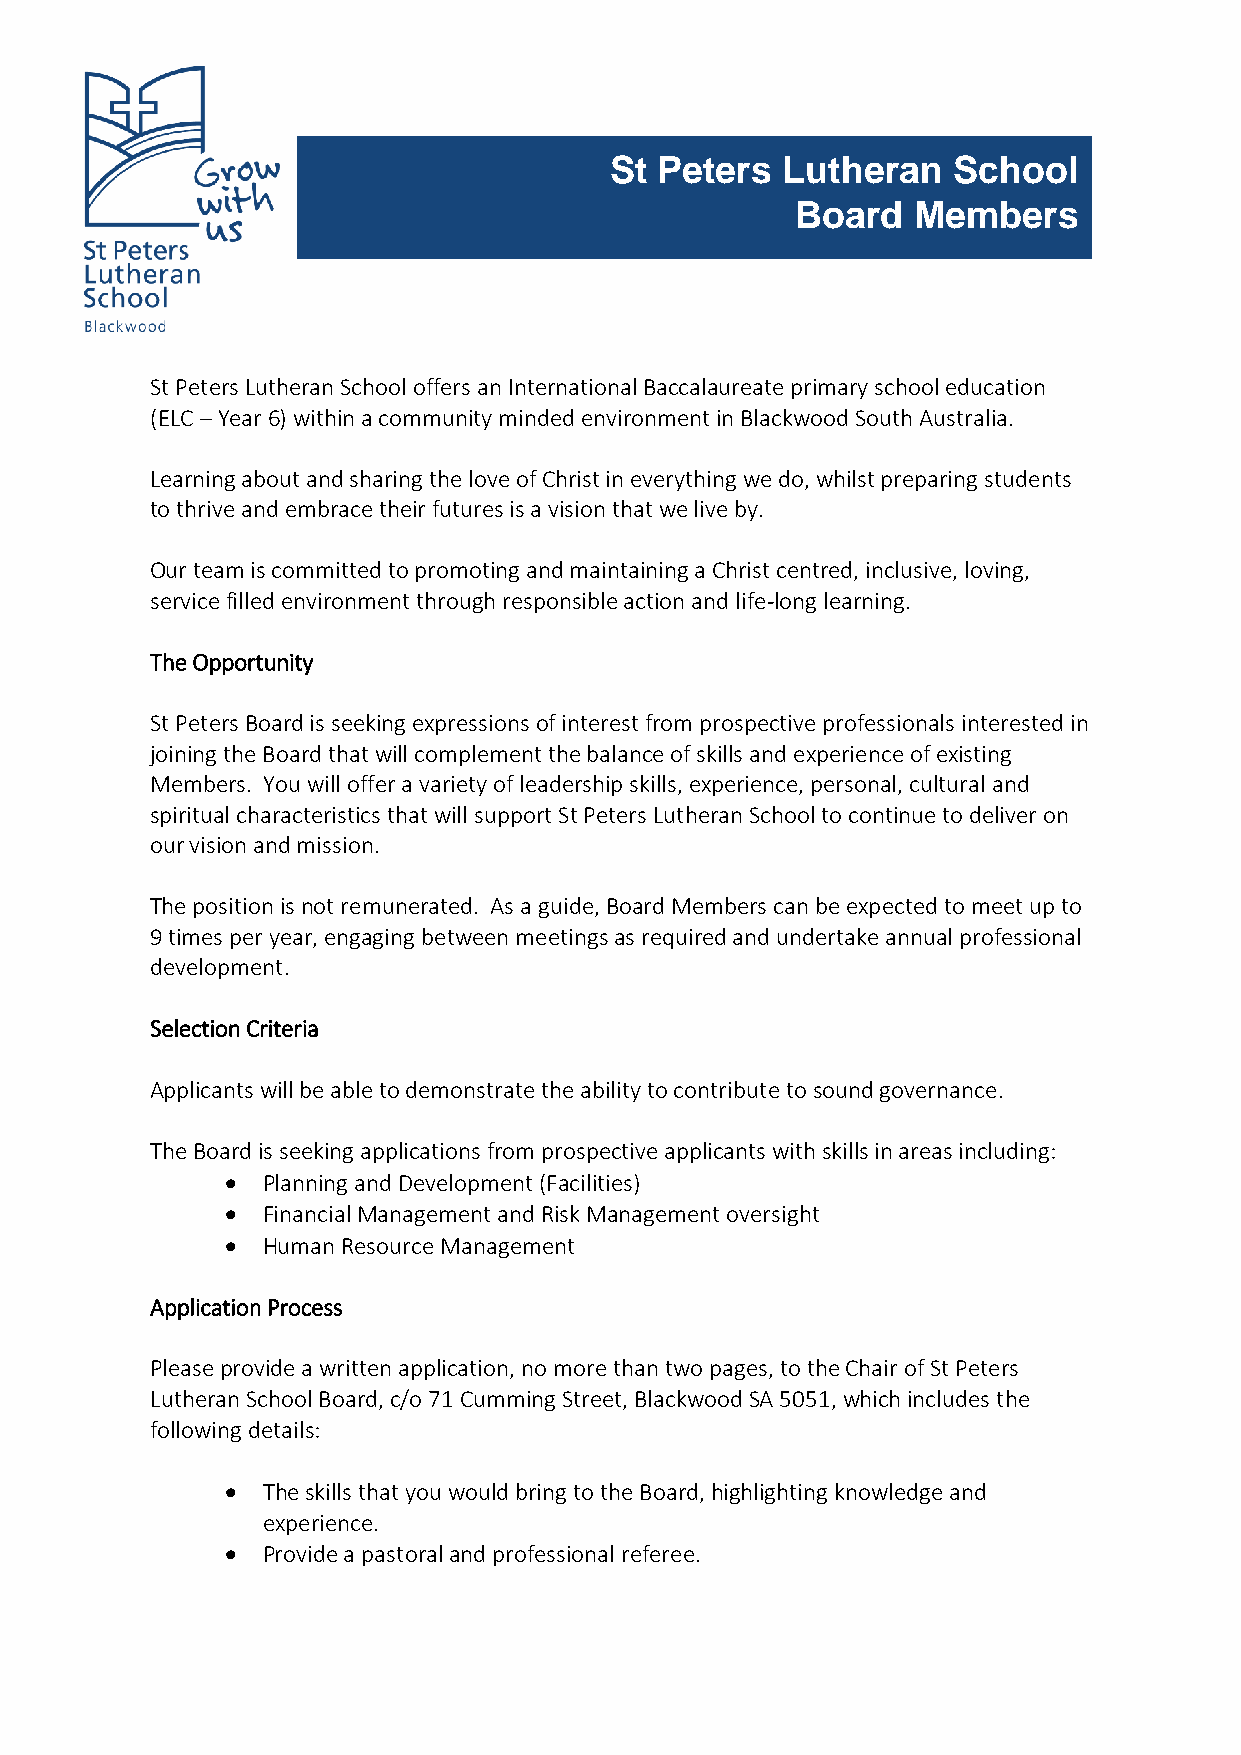
St  Peters  Lutheran   School
 Board  Members
 St Peters Lutheran School offers an International Baccalaureate primary school education
 (ELC – Year 6) within a community minded environment in Blackwood South Australia.
 Learning about and sharing the love of Christ in everything we do, whilst preparing students
 to thrive and embrace their futures is a vision that we live by.
 Our team is committed to promoting and maintaining a Christ centred, inclusive, loving,
 service filled environment through responsible action and life-long learning.
 The Opportunity
 St Peters Board is seeking expressions of interest from prospective professionals interested in
 joining the Board that will complement the balance of skills and experience of existing
 Members. You will offer a variety of leadership skills, experience, personal, cultural and
 spiritual characteristics that will support St Peters Lutheran School to continue to deliver on
 our vision and mission.
 The position is not remunerated. As a guide, Board Members can be expected to meet up to
 9 times per year, engaging between meetings as required and undertake annual professional
 development.
 Selection Criteria
 Applicants will be able to demonstrate the ability to contribute to sound governance.
 The Board is seeking applications from prospective applicants with skills in areas including:
  Planning and Development (Facilities)
  Financial Management and Risk Management oversight
  Human Resource Management
 Application Process
 Please provide a written application, no more than two pages, to the Chair of St Peters
 Lutheran School Board, c/o 71 Cumming Street, Blackwood SA 5051, which includes the
 following details:
  The skills that you would bring to the Board, highlighting knowledge and
 experience.
  Provide a pastoral and professional referee.